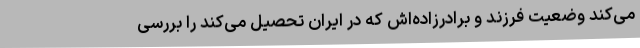
می‌کند وضعیت فرزند و برادر‌زاده‌اش که در ایران تحصیل می‌کند را بررسی